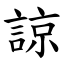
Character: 諒